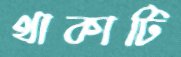
থাকাটি